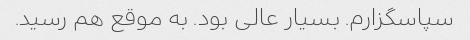
سپاسگزارم. بسیار عالی بود. به موقع هم رسید.